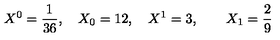
X ^ { 0 } = { \frac { 1 } { 3 6 } } , \quad X _ { 0 } = 1 2 , \quad X ^ { 1 } = 3 , \qquad X _ { 1 } = { \frac { 2 } { 9 } }